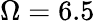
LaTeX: \Omega=6.5